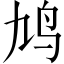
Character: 鸠